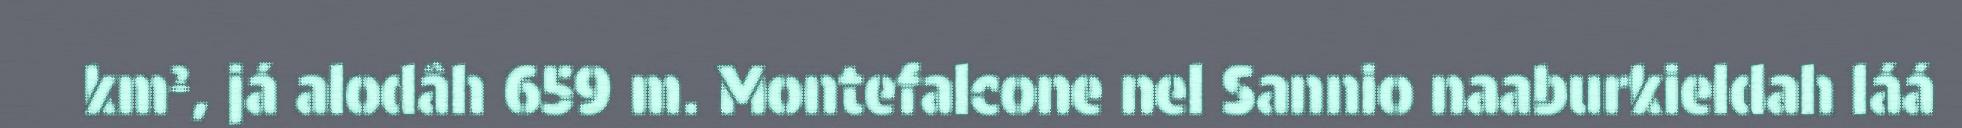
km², já alodâh 659 m. Montefalcone nel Sannio naaburkieldah láá